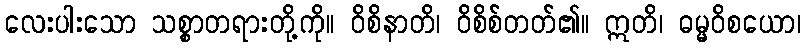
လေးပါးသော သစ္စာတရားတို့ကို။ ဝိစိနာတိ၊ ဝိစိစ်တတ်၏။ ဣတိ၊ ဓမ္မဝိစယော၊